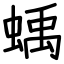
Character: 蝺